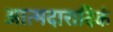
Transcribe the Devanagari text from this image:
आत्मदारादिकं